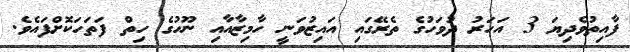
ފާއިތުވެދިޔަ 3 އަހަރު ދުވަހުގެ ތެރޭގައި އައިޒުވަނީ ހާމިޒާއާއި ނޫހުގެ ހިތް ފަތަހަކޮށްފައެވެ.